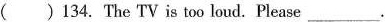
（）134. The TV is too loud. Please___